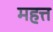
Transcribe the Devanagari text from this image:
महत्त